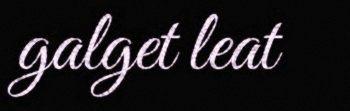
galget leat